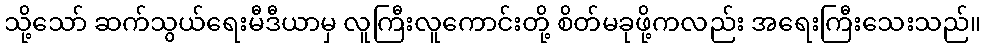
သို့သော် ဆက်သွယ်ရေးမီဒီယာမှ လူကြီးလူကောင်းတို့ စိတ်မခုဖို့ကလည်း အရေးကြီးသေးသည်။